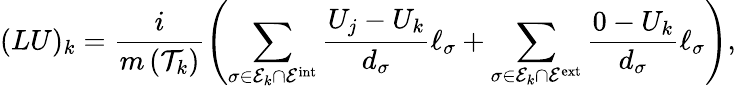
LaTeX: (LU)_{k}=\frac{i}{m\left(\mathcal T_{k}\right)}\left(\sum_{\sigma\in\mathcal E_{k}\cap\mathcal E^{\mathrm{int}}}\frac{U_{j}-U_{k}}{d_{\sigma}}\ell_{\sigma}+\sum_{\sigma\in\mathcal E_{k}\cap\mathcal E^{\mathrm{ext}}}\frac{0-U_{k}}{d_{\sigma}}\ell_{\sigma}\right),